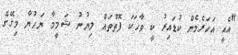
"އެއީ އަހަރެމެން ކުޑައިރު ކީ ވާހަކަ ފޮތްތައް ލިޔުނު ޝަމީމާ ޔަހުޔާ މިގޭގެ